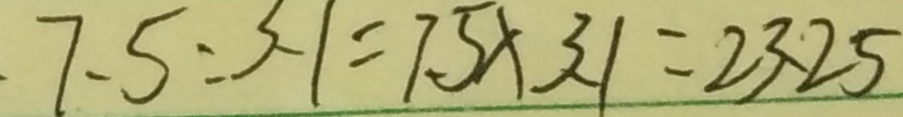
. 7 . 5 : 3 - 3 . 1 = 7 . 5 \times 3 1 = 2 3 . 2 5